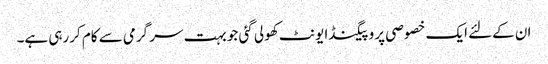
ان کےلئے ایک خصوصی پروپیگنڈا یونٹ کھولی گئی جو بہت سر گرمی سے کام کررہی ہے۔